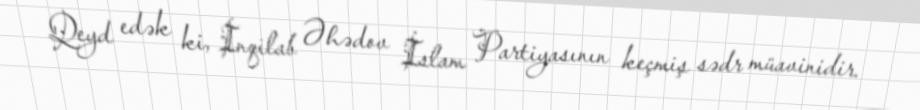
Qeyd edək ki, İnqilab Əhədov İslam Partiyasının keçmiş sədr müavinidir.